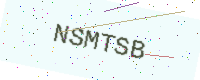
Text: NSMTSB